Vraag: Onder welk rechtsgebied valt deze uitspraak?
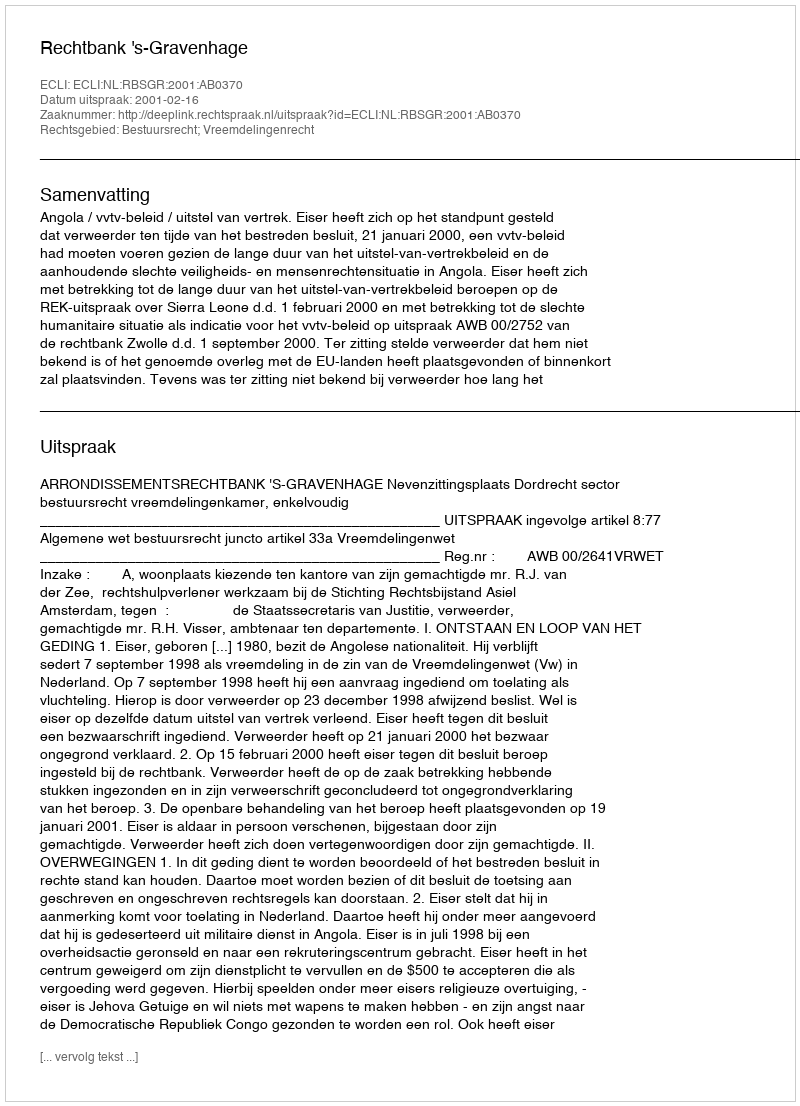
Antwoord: Bestuursrecht; Vreemdelingenrecht